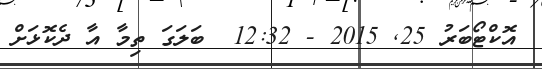
އޮކްޓޯބަރު 25